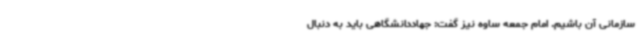
سازمانی آن باشیم. امام جمعه ساوه نیز گفت: جهاددانشگاهی باید به دنبال